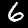
Digit: 6